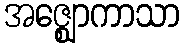
အဇ္ဈောကာသာ